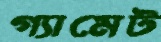
গ্যামেট